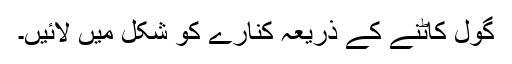
گول کاٹنے کے ذریعہ کنارے کو شکل میں لائیں۔